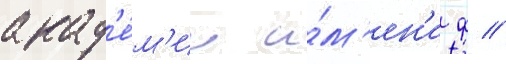
акад'е́м'ии и́м'ен'и ф //